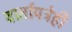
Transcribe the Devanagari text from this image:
वार्तापत्रेही